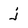
Character: j